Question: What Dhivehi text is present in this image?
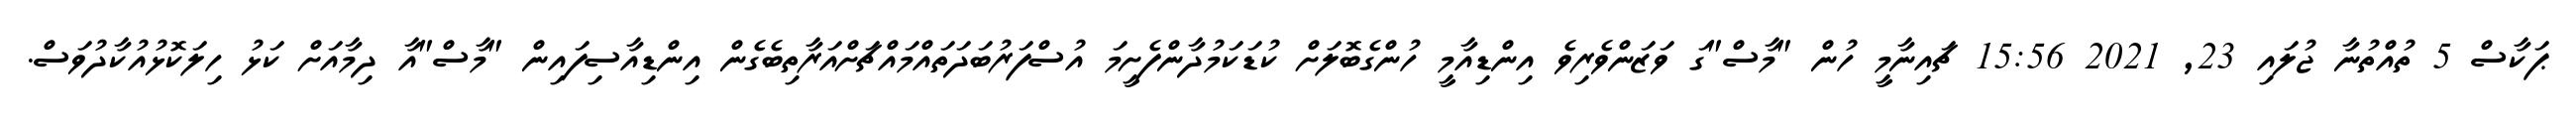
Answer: ޕަކާސް 5 ތުއްތުނާ ޖުލައި 23, 2021 15:56 ޗައިނާމީ ހުން "މާސް"ގަ ވަޒަންވެރިވެ އިންޑިއާމީ ހުންގެބޮލަށް ކުޑަކަމުދާންފެށީމަ އުސްފަރުބަދަތައްމައްޗަށްއަރާތިބެގެން އިންޑިއާސިފައިން "މާސް"އާ ދިމާއަށް ކަޅު ހިލަކޮޅުއުކާދުވަސް.